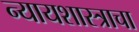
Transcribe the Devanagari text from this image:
न्यायशास्त्राचा